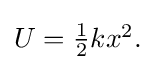
{\textstyle U={\frac {1}{2}}kx^{2}.}